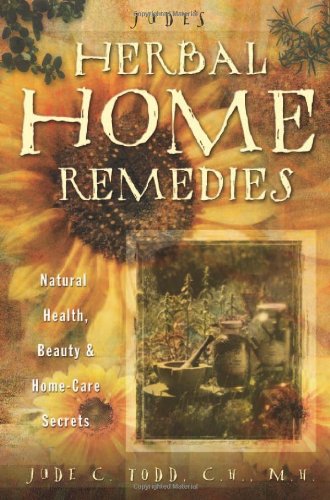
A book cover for Jude's Herbal Home Remedies: Natural Health, Beauty & Home-Care Secrets (Living with Nature Series); Jude Todd; Crafts, Hobbies & Home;